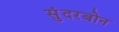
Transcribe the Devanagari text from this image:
सुंदरबोन